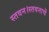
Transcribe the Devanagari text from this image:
स्तवन।स्तवनाचें